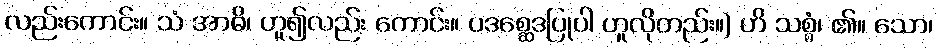
လည်းကောင်း။ သံ အာဓိ၊ ဟူ၍လည်း ကောင်း။ ပဒစ္ဆေဒပြုပါ ဟူလိုတည်း။) ဟိ သစ္စံ၊ ၏။ သော၊